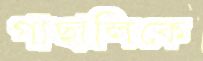
গাছালিকে